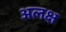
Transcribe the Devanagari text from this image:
अलक्ष